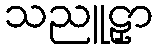
သညူဠှာ